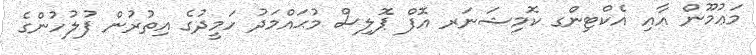
މަޢުމޫން އާއި އެކްޓިންގ ކޮމިޝަނަރ އޮފް ޕޮލިސް މުޙައްމަދު ހަމީދުގެ އިތުރުން ފުލުހުންގެ